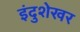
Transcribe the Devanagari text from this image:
इंदुशेखर